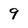
Character: 9